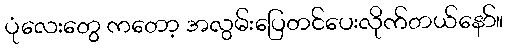
ပုံလေးတွေ ကတော့ အလွမ်းပြေတင်ပေးလိုက်တယ်နော်။